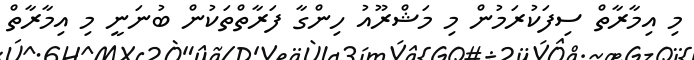
މި އިމާރާތް ސިފަކުރަމުން މި މަޝްރޫއު ހިންގާ ފަރާތްތަކުން ބުނަނީ މި އިމާރާތް